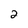
Character: 2